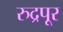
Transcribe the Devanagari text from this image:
रुद्रपूर